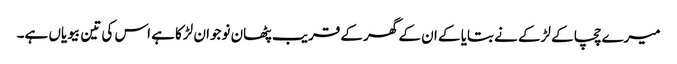
میرے چچا کے لڑکے نے بتایا کے ان کے گھر کے قریب پٹھان نوجوان لڑکا ہے اس کی تین بیویاں ہے۔